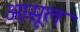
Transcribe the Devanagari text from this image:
आसूल